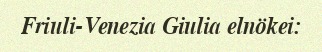
Friuli-Venezia Giulia elnökei: